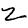
Digit: 2